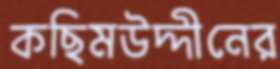
কছিমউদ্দীনের